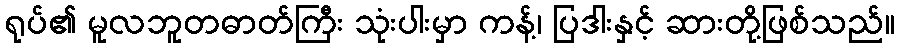
ရုပ်၏ မူလဘူတဓာတ်ကြီး သုံးပါးမှာ ကန့်၊ ပြဒါးနှင့် ဆားတို့ဖြစ်သည်။